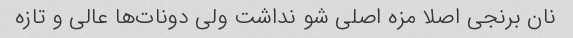
نان برنجی اصلا مزه اصلی شو نداشت ولی دونات‌ها عالی و تازه